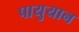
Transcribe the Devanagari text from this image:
पायुयान